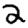
Digit: 2